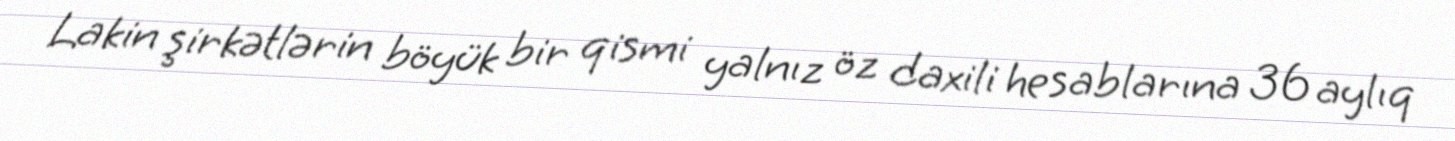
Lakin şirkətlərin böyük bir qismi yalnız öz daxili hesablarına 36 aylıq